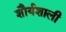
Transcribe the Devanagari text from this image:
शौर्यशाली